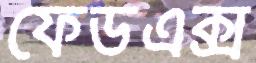
ফেডএক্স